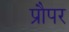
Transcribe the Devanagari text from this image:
प्रौपर